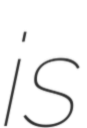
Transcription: is